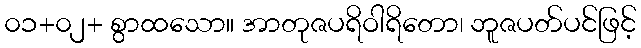
၀၁+၀၂+ စွာထသော။ အာတုဇပရိဝါရိတော၊ ဘူဇပတ်ပင်ဖြင့်